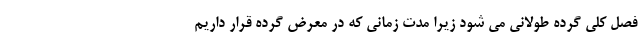
فصل کلی گرده طولانی می شود زیرا مدت زمانی که در معرض گرده قرار داریم